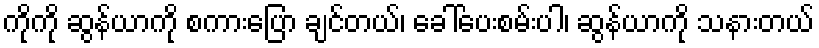
ကိုကို ဆွန်ယာကို စကားပြော ချင်တယ်၊ ခေါ်ပေးစမ်းပါ၊ ဆွန်ယာကို သနားတယ်